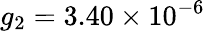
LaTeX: g_{2}=3.40\times 10^{-6}